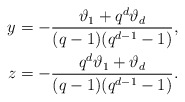
\begin{align*}y & = -\frac{\vartheta_1 + q^d\vartheta_d }{(q-1)(q^{d-1}-1)}, \\z & = -\frac{q^d\vartheta_1 + \vartheta_d}{(q-1)(q^{d-1}-1)}.\end{align*}